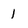
Character: 1